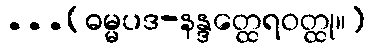
...(ဓမ္မပဒ-နန္ဒတ္ထေရဝတ္ထု။)